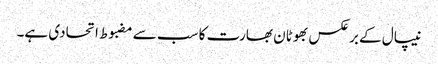
نیپال کے برعکس بھوٹان بھارت کا سب سے مضبوط اتحادی ہے۔